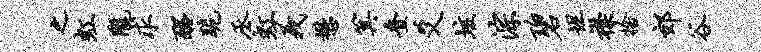
之虹陇求醒跪丞虹义懋箕叠爻垓淙碧坦襟舍郊谷